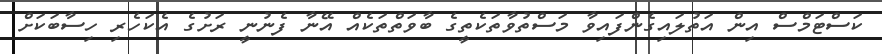
ކަސްޓަމްސް އިން އަތުލައިގެންފައިވާ މަސްތުވާތަކެތީގެ ބާވަތްތަކެއް އޭނާ ފެނުނީ ރަށުގެ އެކަހެރި ހިސާބަކަށް